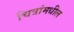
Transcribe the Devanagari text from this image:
चित्रांमधील